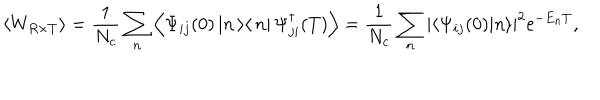
\left< W _ { R \times T } \right> = \frac { 1 } { N _ { c } } \sum _ { n } ^ { } \left< \Psi _ { i j } ( 0 ) \left| n \left> \right< n \right| \Psi _ { j i } ^ { \dagger } ( T ) \right> = \frac { 1 } { N _ { c } } \sum _ { n } ^ { } \left| \left< \Psi _ { i j } ( 0 ) | n \right> \right| ^ { 2 } \mathrm { e } ^ { - E _ { n } T } ,